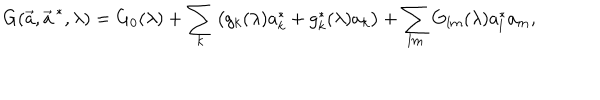
G ( \vec { a } , \vec { a } ^ { \, * } , \lambda ) = G _ { 0 } ( \lambda ) + \sum _ { k } \left( g _ { k } ( \lambda ) a _ { k } ^ { * } + g _ { k } ^ { * } ( \lambda ) a _ { k } \right) + \sum _ { l m } G _ { l m } ( \lambda ) a _ { l } ^ { * } a _ { m } ,